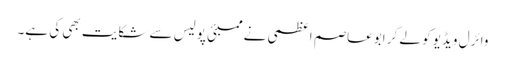
وائرل ویڈیو کو لے کر ابوعاصم اعظمی نے ممبئی پولیس سے شکایت بھی کی ہے۔